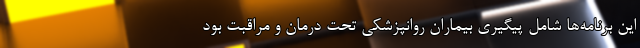
این برنامه‌ها شامل پیگیری بیماران روانپزشکی تحت درمان و مراقبت بود